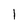
Character: I